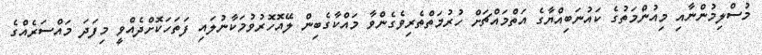
މުސްލިމުންނާއި މިއުންމަތުގެ ކައުނަބިއްޔާގެ އަތްމައްޗަށް ހުރުމަތްތެރިވެގެންވާ މައްކާގެބިން ލޭއޮހޮރުވުމަކާނުލައި ފަތަހަކޮށްދެއްވީ މިފަދަ މައްސަރެއްގެ